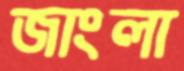
জাংলা